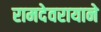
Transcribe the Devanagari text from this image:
रामदेवरायाने